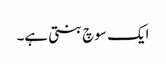
ایک سوچ بنتی ہے۔